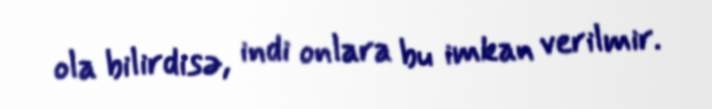
ola bilirdisə, indi onlara bu imkan verilmir.